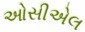
ઓસીએલ